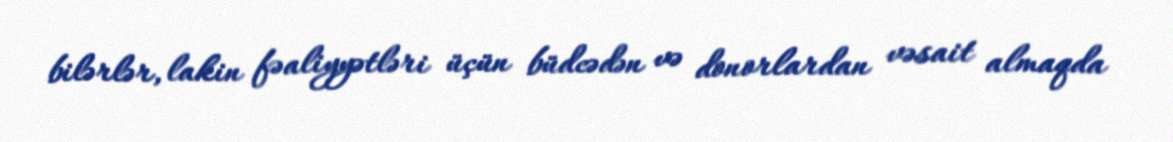
bilərlər, lakin fəaliyyətləri üçün büdcədən və donorlardan vəsait almaqda